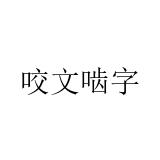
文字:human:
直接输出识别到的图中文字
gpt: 咬文啮字